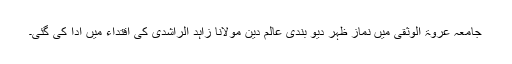
جامعہ عروۃ الوثقیٰ میں نماز ظہر دیو بندی عالم دین مولانا زاہد الراشدی کی اقتداء میں ادا کی گئی۔